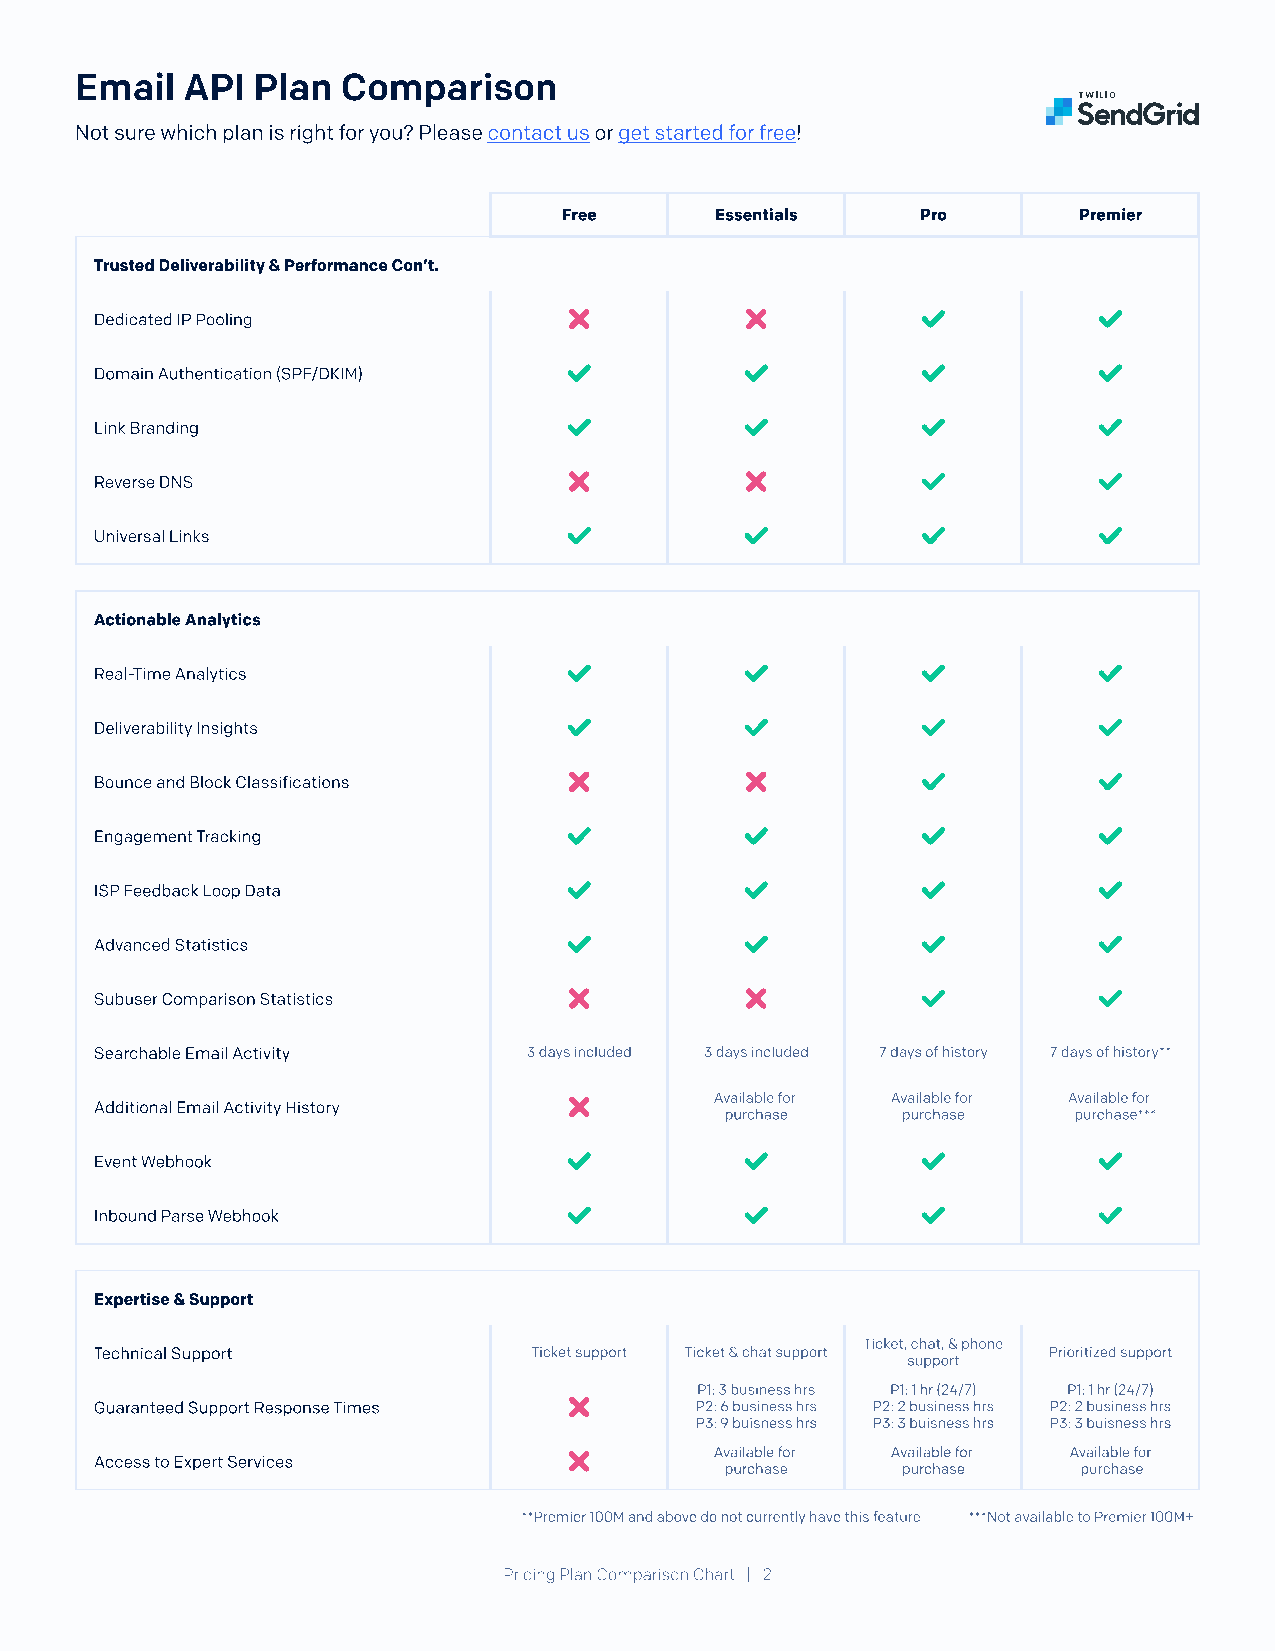
Email  API  Plan  Comparison
 Not sure which plan is right for you? Please contact us or get started for free!
 Free      Essentials    Pro       Premier
 Trusted Deliverability & Performance Con’t.
 Dedicated IP Pooling
 Domain Authentication (SPF/DKIM)
 Link Branding
 Reverse DNS
 Universal Links
 Actionable Analytics
 Real-Time Analytics
 Deliverability Insights
 Bounce and Block Classifications
 Engagement Tracking
 ISP Feedback Loop Data
 Advanced Statistics
 Subuser Comparison Statistics
 Searchable Email Activity    3 days included 3 days included 7 days of history 7 days of history**
 Available for Available for Available for
 Additional Email Activity History
 purchase    purchase   purchase***
 Event Webhook
 Inbound Parse Webhook
 Expertise & Support
 Ticket, chat, & phone
 Technical Support            Ticket support Ticket & chat support Prioritized support
 support
 P1: 3 business hrs
 P1: 1 hr (24/7)
 P1: 1 hr (24/7)
 Guaranteed Support Response Times       P2: 6 business hrs
 P2: 2 business hrs
 P2: 2 business hrs
 P3: 9 buisness hrs P3: 3 buisness hrs P3: 3 buisness hrs
 Available for Available for Available for 
 Access to Expert Services
 purchase    purchase    purchase
 **Premier 100M and above do not currently have this feature ***Not available to Premier 100M+
 Pricing Plan Comparison Chart | 2